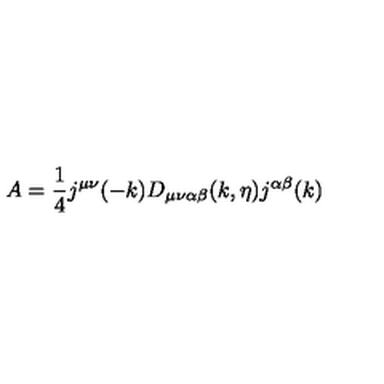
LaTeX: A = \frac { 1 } { 4 } j ^ { \mu \nu } ( - k ) D _ { \mu \nu \alpha \beta } ( k , \eta ) j ^ { \alpha \beta } ( k )